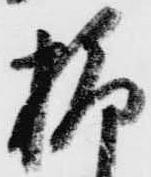
柳